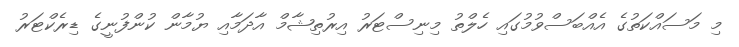
މި މަސައްކަތުގެ އެއްބަސްވުމުގައި ހެލްތު މިނިސްޓަރު އިރުތިޝާމް އާދަމާއި ޔުމާން ކުންފުނީގެ ޑިރެކްޓަރު